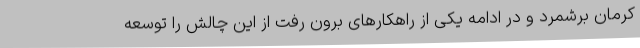
کرمان برشمرد و در ادامه یکی از راهکارهای برون رفت از این چالش را توسعه